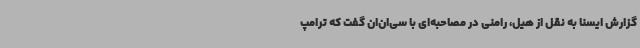
گزارش ایسنا به نقل از هیل، رامنی در مصاحبه‌ای با سی‌ان‌ان گفت که ترامپ